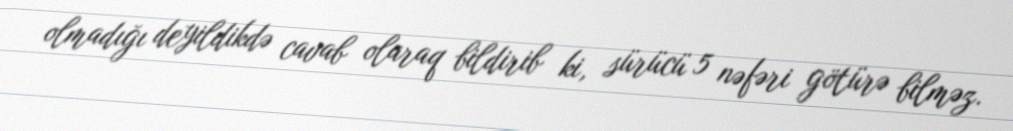
olmadığı deyildikdə cavab olaraq bildirib ki, sürücü 5 nəfəri götürə bilməz.